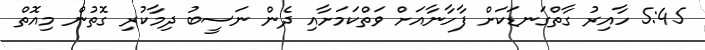
5:45 ހާއިރު ގާތްގަނޑަކަށް ފާހާނާއަށް ވަތްކަމަށާއި ދެން ނަސީބު ދިމާކުރި ގޮތުން މިއޮތް